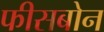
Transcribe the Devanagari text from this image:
फीसबोन